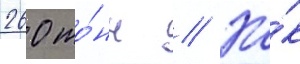
260 то́нн // Ка́к